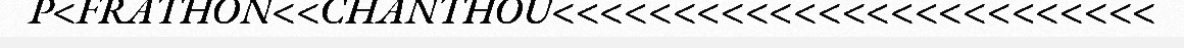
P<FRATHON<<CHANTHOU<<<<<<<<<<<<<<<<<<<<<<<<<